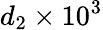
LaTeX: d_{2}\times 10^{3}